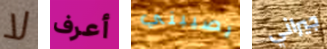
لا أعرف يصيبني جيراني